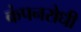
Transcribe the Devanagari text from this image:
कंपनरोधी